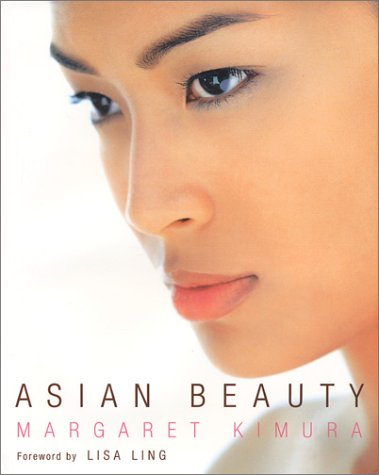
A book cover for Asian Beauty; Margaret Kimura; Health, Fitness & Dieting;